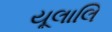
યૂલાલિ